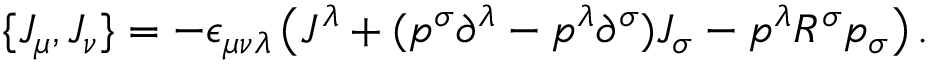
\{ J _ { \mu } , J _ { \nu } \} = - \epsilon _ { \mu \nu \lambda } \left( J ^ { \lambda } + ( p ^ { \sigma } \partial ^ { \lambda } - p ^ { \lambda } \partial ^ { \sigma } ) J _ { \sigma } - p ^ { \lambda } R ^ { \sigma } p _ { \sigma } \right) .